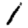
Digit: 1